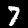
Label: 7